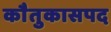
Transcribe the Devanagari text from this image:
काैतुकासपद